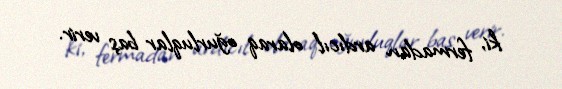
ki, fermadan ardıcıl olaraq oğurluqlar baş verir.